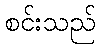
စင်းသည်